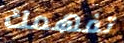
تفهمك